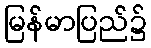
မြန်မာပြည်၌